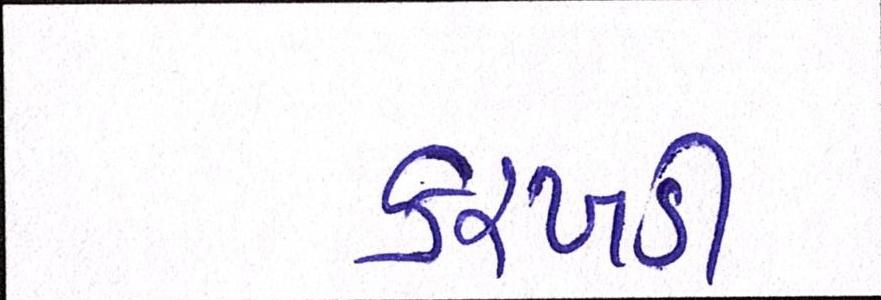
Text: કરખડી